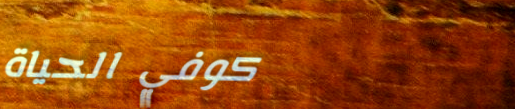
كوفي الحياة